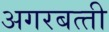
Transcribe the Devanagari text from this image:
अगरबत्‍ती